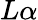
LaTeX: L\alpha